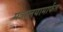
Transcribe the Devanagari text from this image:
मंत्रालयामार्फत